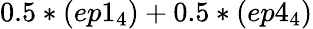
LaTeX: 0.5*(ep1_{4})+0.5*(ep4_{4})